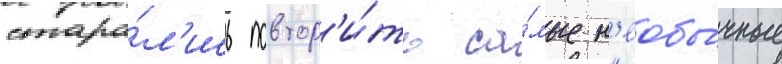
стара́л'ись повтор'и́ть са́мые н'еобы́чные